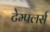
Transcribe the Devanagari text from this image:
टेम्पलर्स